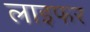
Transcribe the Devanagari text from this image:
लाइफर